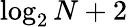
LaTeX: \log_{2}N+2